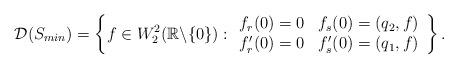
LaTeX: \begin{align*}\mathcal{D}(S_{min})=\left\{f\in{W}_2^2(\mathbb{R}\backslash\{0\}) : \begin{array}{cc}f_r(0)=0 & f_s(0)=(q_2, f) \\f_r'(0)=0 & f_s'(0)=(q_1, f)\end{array}\right\}.\end{align*}